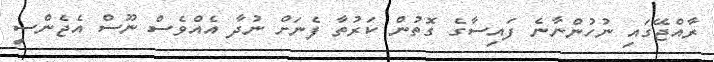
ރާއްޖޭގައި ނުހުންނާނެ ފައިސާގެ ގޮތުން ކަރުތާ ފެނަށް ނުދާ އެއްވެސް ނޫސް އެޖެންސީ